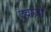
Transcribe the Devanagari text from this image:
दर्वाज़ों